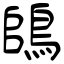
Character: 鴭